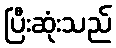
ပြီးဆုံးသည်